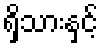
ရှိသားနှင့်